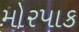
મોરપાક